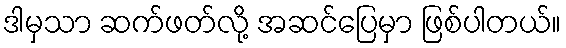
ဒါမှသာ ဆက်ဖတ်လို့ အဆင်ပြေမှာ ဖြစ်ပါတယ်။